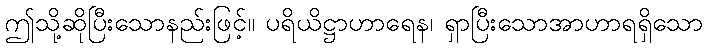
ဤသို့ဆိုပြီးသောနည်းဖြင့်။ ပရိယိဋ္ဌာဟာရေန၊ ရှာပြီးသောအာဟာရရှိသော